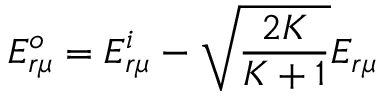
E _ { r \mu } ^ { o } = E _ { r \mu } ^ { i } - \sqrt { \frac { 2 K } { K + 1 } } E _ { r \mu }